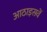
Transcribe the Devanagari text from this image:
आठाइसवें